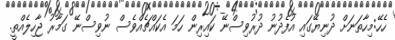
ހެހޭ:މިހާތަނަށް ދުނިޔޭގައި އުފެދުނު ދުރުވިސްނޭ ކައިރިން ހަމަ އެކައްޗެއްވެސް ނުވިސްނޭ ގަމާރު ޖާހިލެއްތީ.